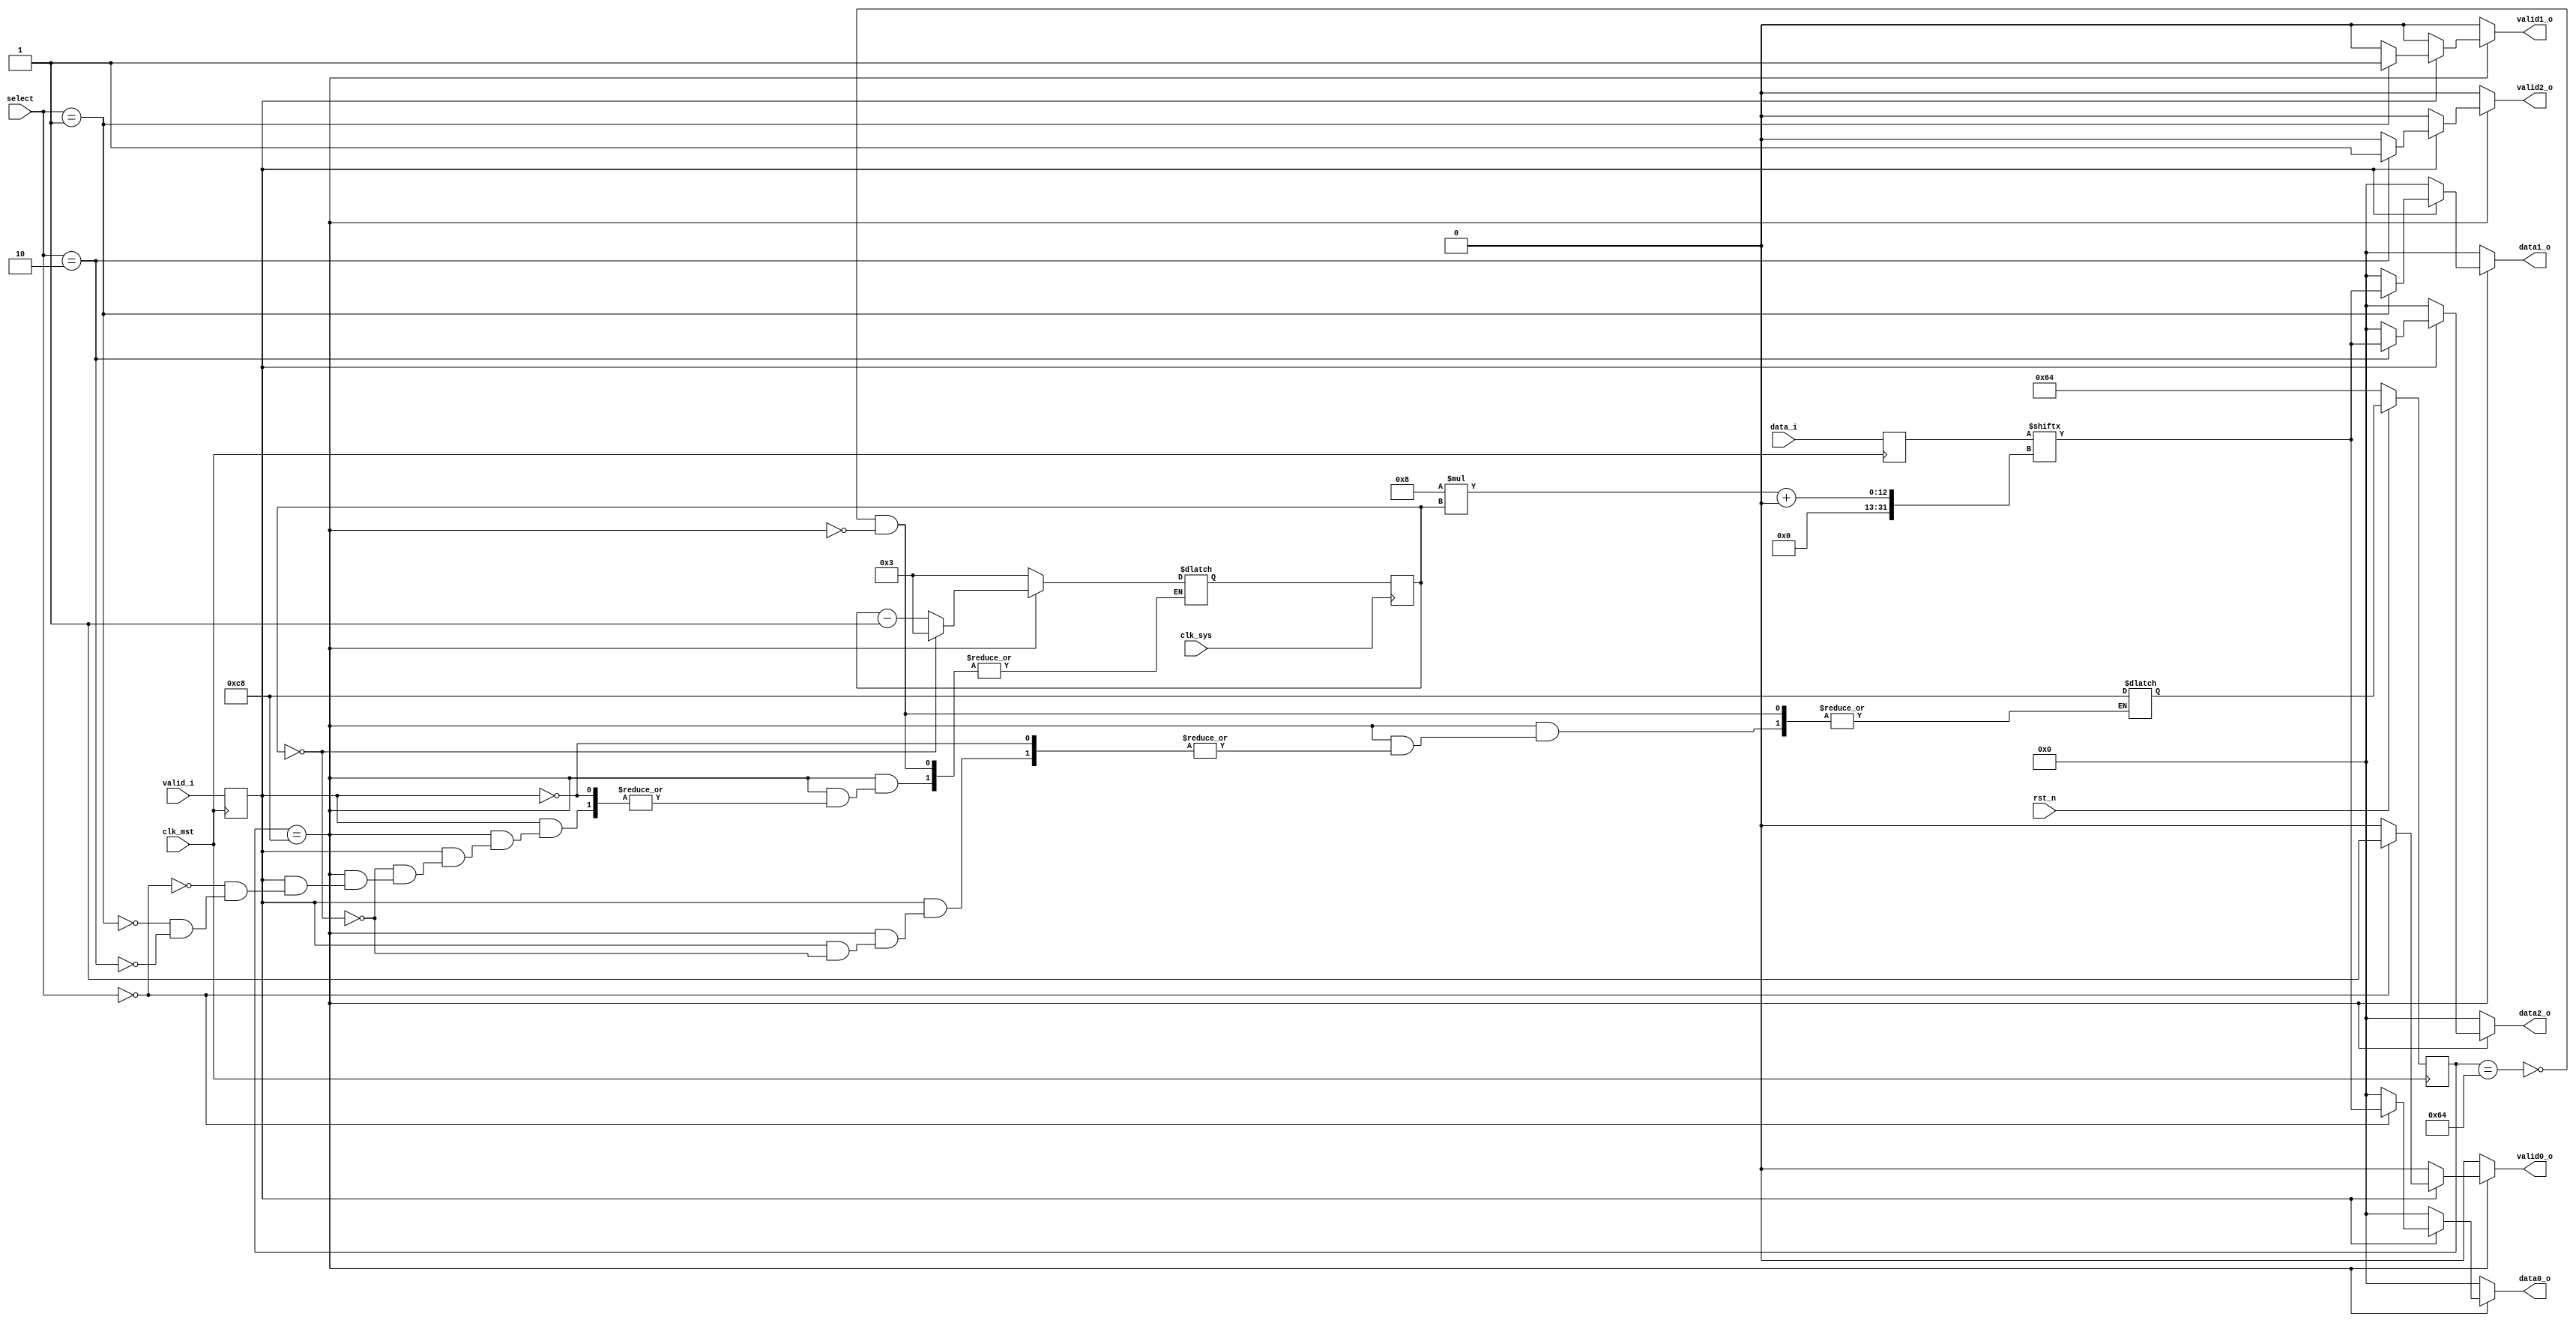
`timescale 1ns / 1ps
//////////////////////////////////////////////////////////////////////////////////
// Company: 
// Engineer: 
// 
// Design Name: 
// Module Name:    demux 
// Project Name: 
// Target Devices: 
// Tool versions: 
// Description: 
//
// Dependencies: 
//
// Revision: 
// Revision 0.01 - File Created
// Additional Comments: 
//
//////////////////////////////////////////////////////////////////////////////////
`define RESET 100
//`define PREPARE_OUTPUT_DATA 150
`define OUTPUT_DATA 200

`define caesar 0
`define scytale 1
`define zigzag 2

module demux #(
		parameter MST_DWIDTH = 32,
		parameter SYS_DWIDTH = 8
	)(
		// Clock and reset interface
		input clk_sys,
		input clk_mst,
		input rst_n,
		
		//Select interface
		input[1:0] select,
		
		// Input interface
		input [MST_DWIDTH -1  : 0]	 data_i,
		input 						 	 valid_i,
		
		//output interfaces
		output reg [SYS_DWIDTH - 1 : 0] 	data0_o,
		output reg     						valid0_o,
		
		output reg [SYS_DWIDTH - 1 : 0] 	data1_o,
		output reg     						valid1_o,
		
		output reg [SYS_DWIDTH - 1 : 0] 	data2_o,
		output reg     						valid2_o
    );
	
	reg[MST_DWIDTH - 1 : 0] data_mst;
	reg valid_i_mst;
	reg[7 : 0] state, next_state;
	//reg[7 : 0] counter = 0;
	reg[7 : 0] i, i_next;
	
	always @(posedge clk_mst) begin
		
		// latch pe intrari
		data_mst <= data_i;
		valid_i_mst <= valid_i;
		
		state <= next_state;
		if(~rst_n) begin	
			state <= `RESET;
		end
		
		
	end
	
	// Trecere la urmatorul cuvant de 8 biti de afisat
	always @(posedge clk_sys) begin
		
		i <= i_next;
		
	end
	
	always @(*) begin
		
		// Reinitializare valori la inceput
		valid0_o = 0;
		valid1_o = 0;
		valid2_o = 0;
		data0_o = 0;
		data1_o = 0;
		data2_o = 0;
		
		case(state) 
		
			`RESET: begin
			
				i_next = 3;
				valid0_o = 0;
				valid1_o = 0;
				valid2_o = 0;
				data0_o = 0;
				data1_o = 0;
				data2_o = 0;
				next_state = `OUTPUT_DATA;
				
			end
			
			`OUTPUT_DATA: begin
				
				if(valid_i_mst) begin
					
					// Selectare output line
					case(select)
							
						`caesar: begin
						
							valid0_o = 1;
							data0_o = data_mst[SYS_DWIDTH * i +: 8];
							i_next = i - 1;
							
						end
						`scytale: begin
						
							valid1_o = 1;
							data1_o = data_mst[SYS_DWIDTH * i +: 8];
							i_next = i - 1;
							
							
						end
						`zigzag: begin
						
							valid2_o = 1;
							data2_o = data_mst[SYS_DWIDTH * i +: 8];
							i_next = i - 1;
							
							
						end

						
					endcase

					if(i == 0) begin
					
						next_state = `OUTPUT_DATA;
						// Reinitializare i_next
						i_next = 3;
					end
				end
			end

		endcase
	end

endmodule